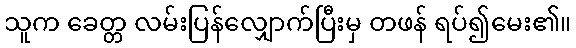
သူက ခေတ္တ လမ်းပြန်လျှောက်ပြီးမှ တဖန် ရပ်၍မေး၏။